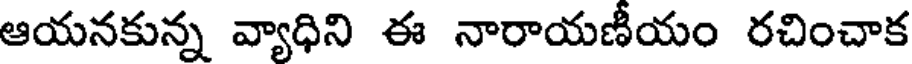
ఆయనకున్న వ్యాధిని ఈ నారాయణీయం రచించాక